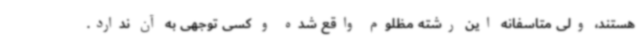
هستند، ولی متاسفانه این رشته مظلوم واقع شده و کسی توجهی به آن ندارد.